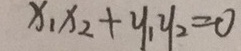
x _ { 1 } x _ { 2 } + y _ { 1 } y _ { 2 } = 0